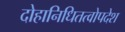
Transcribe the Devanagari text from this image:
दोहानिधितत्वोपदेश